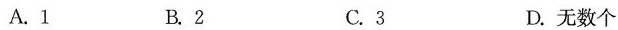
A.1 B.2 C.3 D.无数个